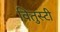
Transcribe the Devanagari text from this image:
वितुस्टी